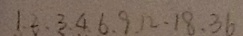
1 . 2 . 3 . 4 . 6 . 9 . 1 2 . 1 8 . 3 6